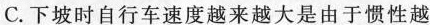
C.下坡时自行车速度越来越大是由于惯性越